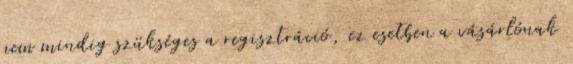
nem mindig szükséges a regisztráció, ez esetben a vásárlónak